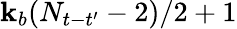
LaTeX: \mathbf{k}_{b}(N_{t-t^{\prime}}-2)/2+1